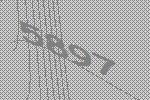
5897